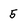
Character: 5